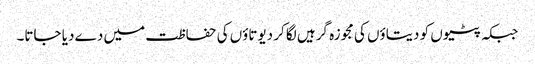
جبکہ پٹیوں کو دیتاؤں کی مجوزہ گرہیں لگا کر دیوتاؤں کی حفاظت میں دے دیا جاتا۔